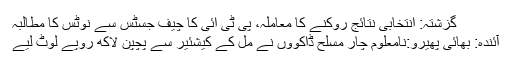
گزشتہ: انتخابی نتائج روکنے کا معاملہ، پی ٹی آئی کا چیف جسٹس سے نوٹس کا مطالبہ
آئندہ: بھائی پھیرو:نامعلوم چار مسلح ڈاکووں نے مل کے کیشئیر سے پچپن لاکھ روپے لوٹ لیے